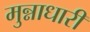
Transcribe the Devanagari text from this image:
मुन्नाधारी